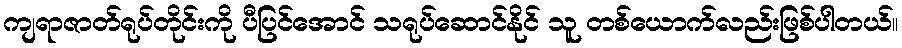
ကျရာဇာတ်ရုပ်တိုင်းကို ပီပြင်အောင် သရုပ်ဆောင်နိုင် သူ တစ်ယောက်လည်းဖြစ်ပါတယ်။